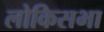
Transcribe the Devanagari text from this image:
लोकिसभा